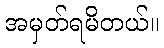
အမှတ်ရမိတယ်။